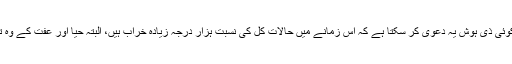
دوسرے یہ کہ جن حالات میں یہ حکم دیا گیا تھا، کیا کوئی ذی ہوش یہ دعویٰ کر سکتا ہے کہ اس زمانے میں حالات کل کی نسبت ہزار درجہ زیادہ خراب ہیں، البتہ حیا اور عفت کے وہ تصورات معدوم ہو گئے جن کی تعلیم قرآن نے دی تھی۔